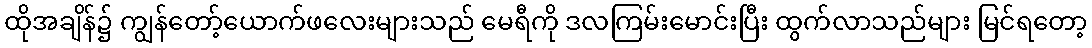
ထိုအချိန်၌ ကျွန်တော့်ယောက်ဖလေးများသည် မေရီကို ဒလကြမ်းမောင်းပြီး ထွက်လာသည်များ မြင်ရတော့